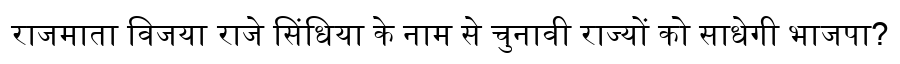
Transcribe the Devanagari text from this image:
राजमाता विजया राजे सिंधिया के नाम से चुनावी राज्यों को साधेगी भाजपा?